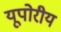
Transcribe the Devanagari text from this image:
यूपोरीय